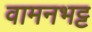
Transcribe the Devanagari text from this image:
वामनभट्ट